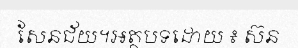
សែនជ័យ។អត្ថបទដោយ ៖ ស៊ន